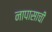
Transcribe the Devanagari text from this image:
नापासाची